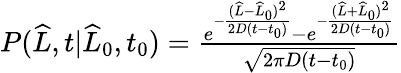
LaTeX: \begin{array}{r}{P(\widehat{L},t|\widehat{L}_{0},t_{0})=\frac{e^{-\frac{(\widehat{L}-\widehat{L}_{0})^{2}}{2D(t-t_{0})}}-e^{-\frac{(\widehat{L}+\widehat{L}_{0})^{2}}{2D(t-t_{0})}}}{\sqrt{2\pi D(t-t_{0})}}}\end{array}